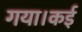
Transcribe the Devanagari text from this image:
गया।कई